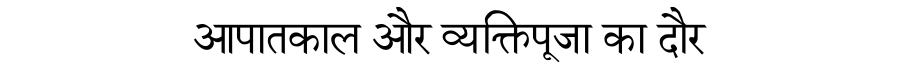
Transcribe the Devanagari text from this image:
आपातकाल और व्यक्तिपूजा का दौर